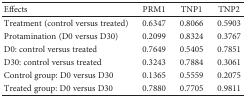
<table><thead><tr><td><b>Effects</b></td><td><b>PRM1</b></td><td><b>TNP1</b></td><td><b>TNP2</b></td></tr></thead><tbody><tr><td>Treatment (control versus treated)</td><td>0.6347</td><td>0.8066</td><td>0.5903</td></tr><tr><td>Protamination (D0 versus D30)</td><td>0.2099</td><td>0.8324</td><td>0.3767</td></tr><tr><td>D0: control versus treated</td><td>0.7649</td><td>0.5405</td><td>0.7851</td></tr><tr><td>D30: control versus treated</td><td>0.3243</td><td>0.7884</td><td>0.3061</td></tr><tr><td>Control group: D0 versus D30</td><td>0.1365</td><td>0.5559</td><td>0.2075</td></tr><tr><td>Treated group: D0 versus D30</td><td>0.7880</td><td>0.7705</td><td>0.9811</td></tr></tbody></table>